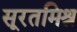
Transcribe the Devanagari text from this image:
सूरतमिश्र